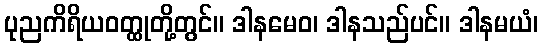
ပုညကိရိယဝတ္ထုတို့တွင်။ ဒါနမေဝ၊ ဒါနသည်ပင်။ ဒါနမယံ၊